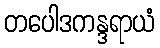
တပေါဒကန္ဒရာယံ